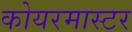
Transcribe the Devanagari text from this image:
कोयरमास्टर